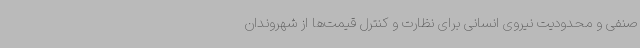
صنفی و محدودیت نیروی انسانی برای نظارت و کنترل قیمت‌ها از شهروندان